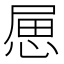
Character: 𢛥